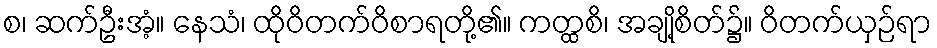
စ၊ ဆက်ဦးအံ့။ နေသံ၊ ထိုဝိတက်ဝိစာရတို့၏။ ကတ္ထစိ၊ အချို့စိတ်၌။ ဝိတက်ယှဉ်ရာ